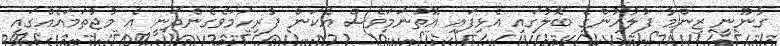
ގާނޫނީ ޒިންމާ ފުލުހުންގެ ބޮލުގައި އެޅިފައި އޮތްނަމަވެސް އެކަން ފުރިހަމަވެގެންދަނީ އެ މުޖުތަމައެއްގައި